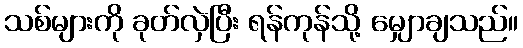
သစ်များကို ခုတ်လှဲပြီး ရန်ကုန်သို့ မျှောချသည်။